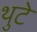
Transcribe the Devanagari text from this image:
थुटे